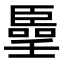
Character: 𠿦